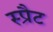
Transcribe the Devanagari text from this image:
स्प्रैट